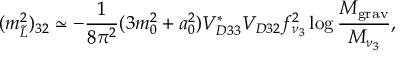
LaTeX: ( m _ { \tilde { L } } ^ { 2 } ) _ { 3 2 } \simeq - \frac 1 { 8 \pi ^ { 2 } } ( 3 m _ { 0 } ^ { 2 } + a _ { 0 } ^ { 2 } ) V _ { D 3 3 } ^ { \ast } V _ { D 3 2 } f _ { \nu _ { 3 } } ^ { 2 } \log \frac { M _ { \mathrm { g r a v } } } { M _ { \nu _ { 3 } } } ,